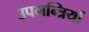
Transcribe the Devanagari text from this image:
उपमन्त्रियों